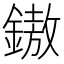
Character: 𨫼